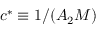
c ^ { * } \equiv 1 / ( A _ { 2 } M )